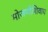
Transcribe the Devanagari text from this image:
मोजणीशिवाय